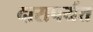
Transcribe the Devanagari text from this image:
दारापर्यंत